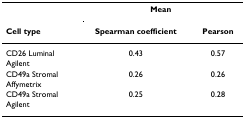
|  | <COLSPAN=2> Mean |
 | Cell type | Spearman coefficient | Pearson |
 | --- | --- | --- |
 | CD26 Luminal | 0.43 | 0.57 |
 | Agilent |  |  |
 | CD49a Stromal | 0.26 | 0.26 |
 | Affymetrix |  |  |
 | CD49a Stromal | 0.25 | 0.28 |
 | Agilent |  |  |